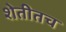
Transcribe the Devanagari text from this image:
शेतीतच